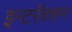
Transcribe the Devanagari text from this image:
इन्टरॅक्शन